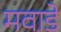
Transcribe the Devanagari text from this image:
मवाडे